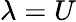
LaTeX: \lambda=U